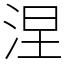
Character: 涅